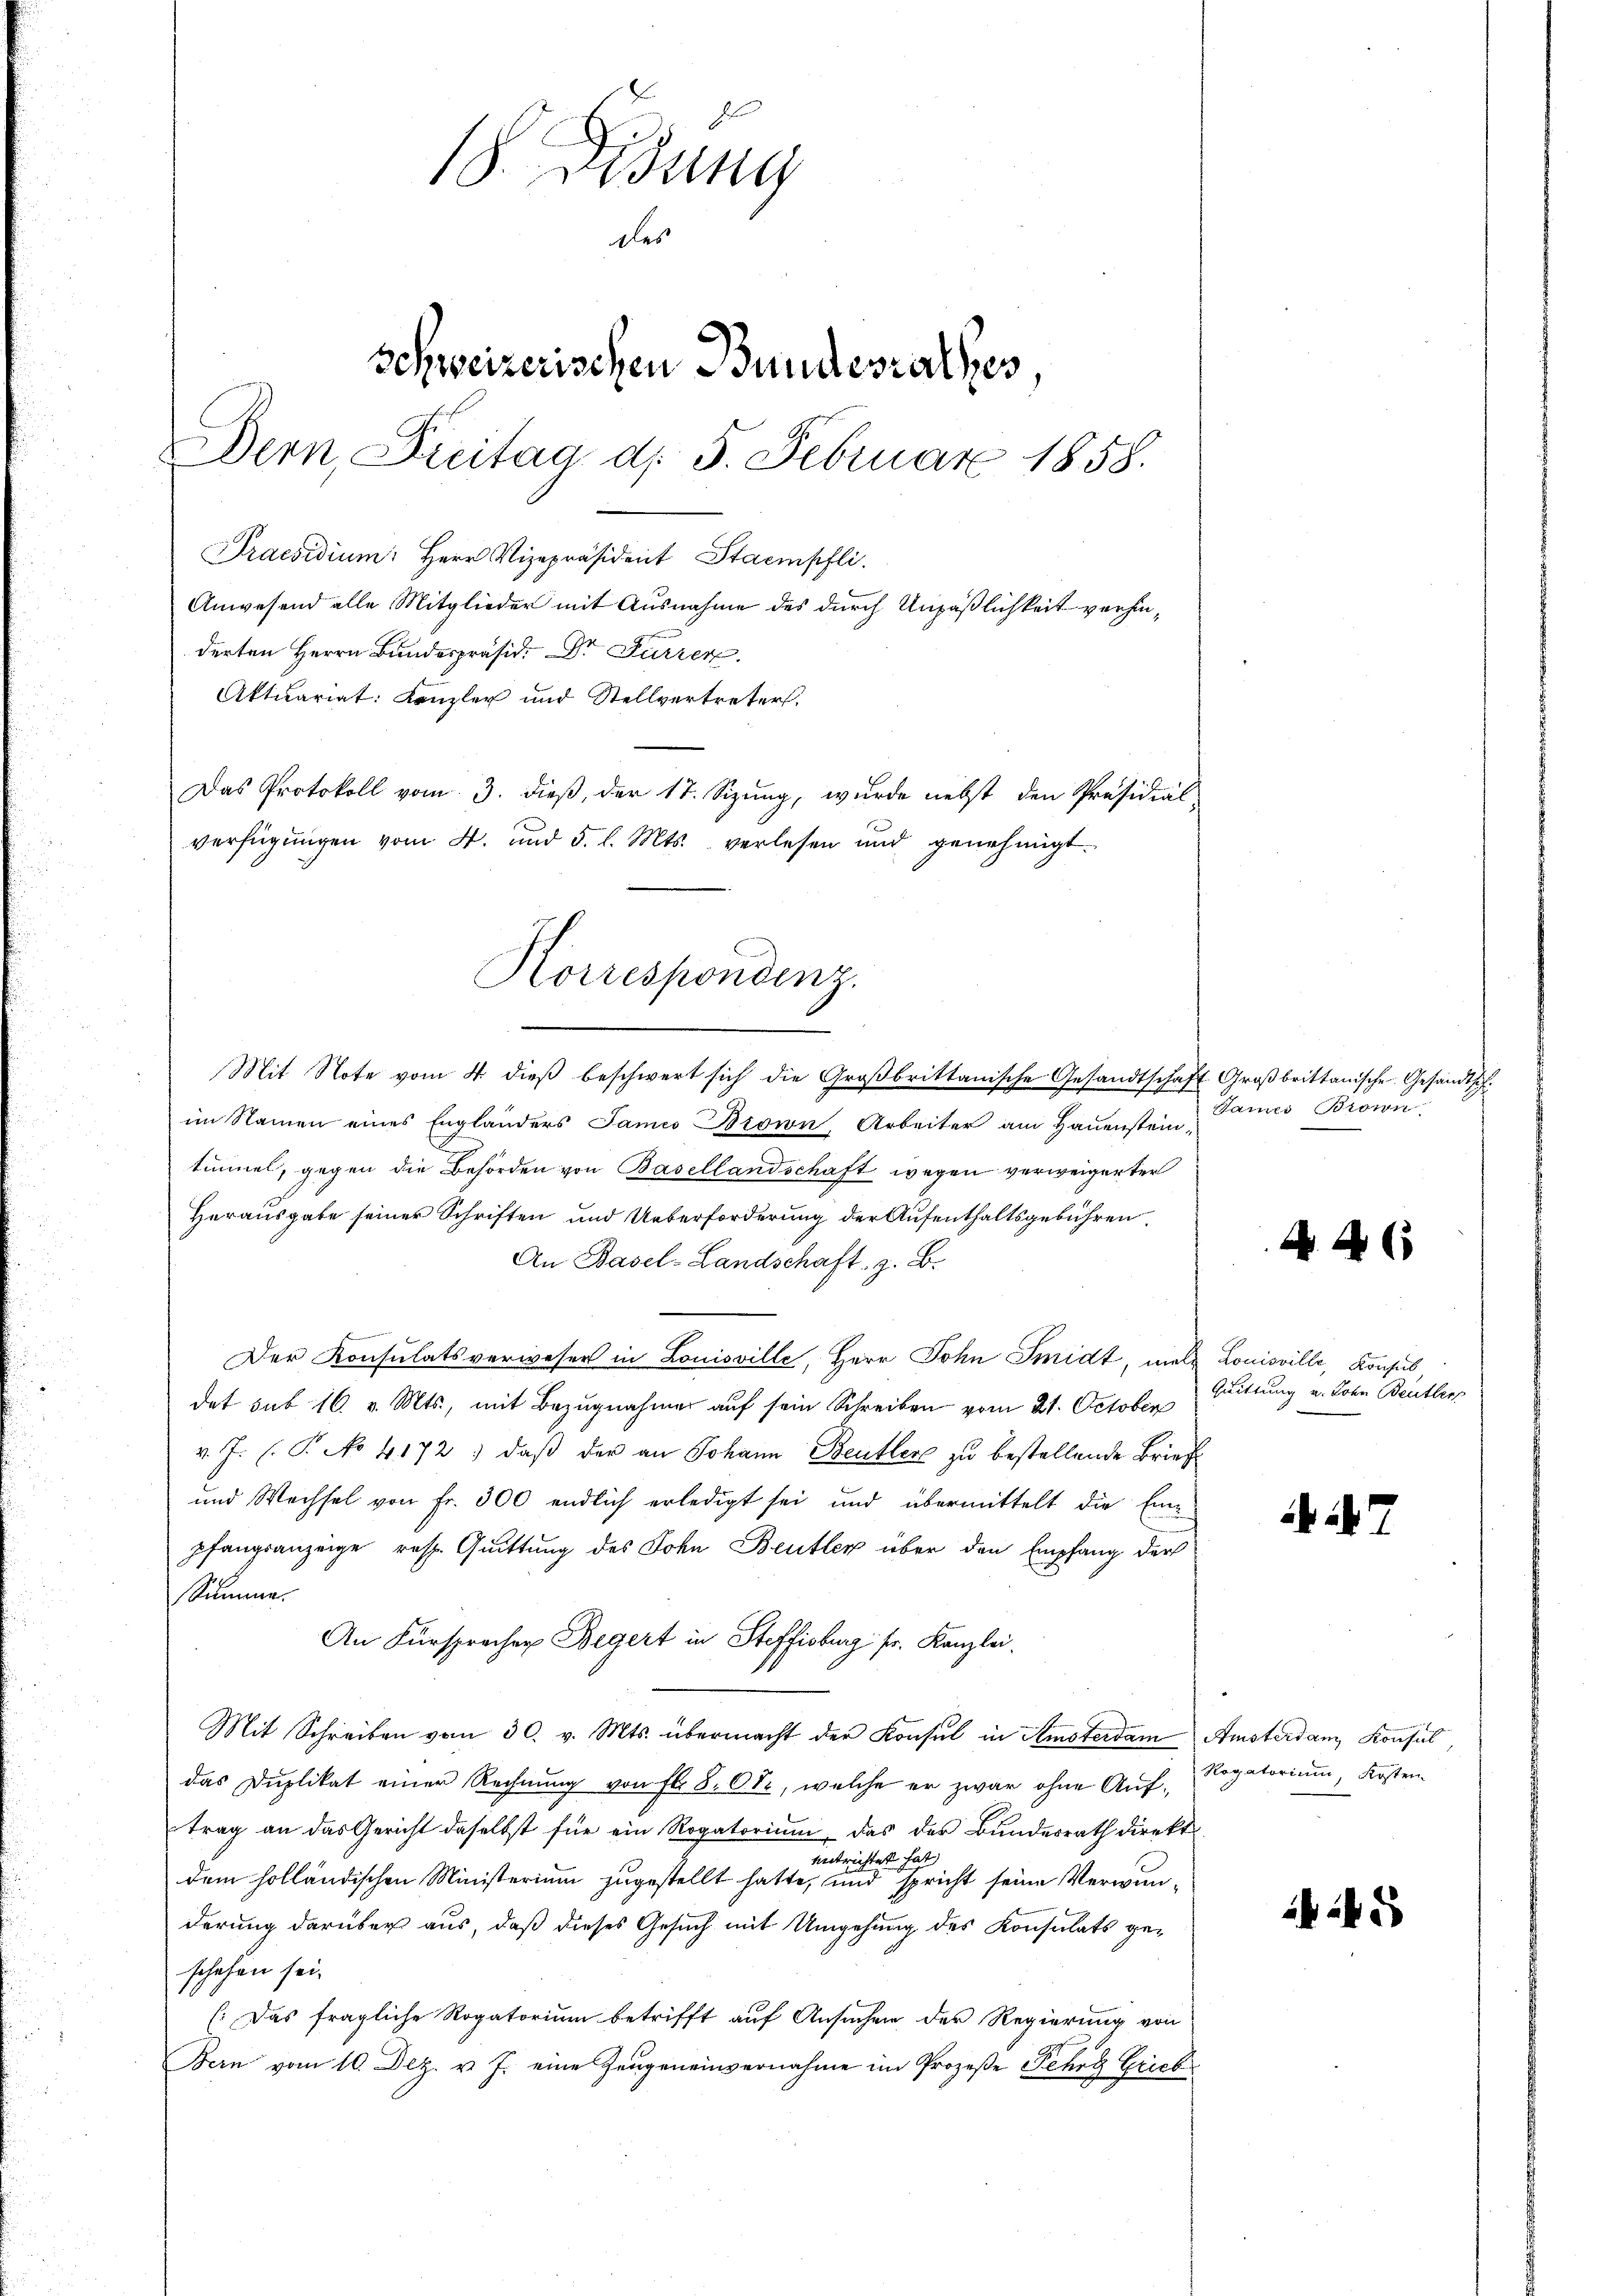
18. Disung
des
Schweizerischen Bundesrathes,
Dern, Dreitag d. 5. Februar 1858.
Praesidium: Herr Vizepräsident Stampfli
Anwesend alle Mitglieder mit Ausnahme des durch Unpäßlichkeit verhinderten Herrn Bundespräsid. Dr Furren
Aktuariat: Kanzler und Stellvertreters.

Das Protokoll vom 3. dieβ, der 17. Sizŭng, wurde nebst den Präsidial-
verfügungen vom 4. und 5. l. Mts. verlesen und genehmigt.
Mit Note vom 4. dieβ beschwert sich die Groβbrittanische Gesandtschaft Großbrittanische Gesandtsch.
im Namen eines Englanders James Bision Arbeiter am Hauenstein,
tunnel, gegen die Behörden von Basellandschaft wegen verweigerter
Herausgabe seiner Schriften und Ueberforderung der Aufenthaltsgebühren,
An Basel-Landschaft z. B.
Der Konsulatsverweser in Louisville, Herr John Smidt, mal Louisville, Konsul,
det sub 16. v. Mts., mit Bezugnahmer auf sein Schreiben vom 21. October
v. J. (T. No 4172) daß der an Johann Bentler zu bestellende Brief
und Wechsel von Fr. 300 endlich erledigt sei und übermittelt die Einpfangsanzeige resp. Quittung des John Beutter über den Empfang der
Summe.
An Fürsprecher Begert in Steffisburg sr. Kanzlei.
Mit Schreiben vom 30. v. Mts. übermacht der Konsul in Amsterdam Amsterdam, Konsul
das Duplikat einer Rechnung von fl. 8. Okt, welche er zwar ohne Auftrag an das Gericht daselbst für ein Rogatorium, das des Bundesrath direkt
entrichtet hat
dem holländischen Ministerium zugestellt hatte, und spricht seine Verwunderung darüber aus, daß dieses Gesuch mit Umgehung des Konsulats geschehen sei.
: Das fragliche Rogatorium betrifft auf Ansuchen der Regierung von
Bern vom 10. Dez. v. J. eine Zeugeneinvernahme im Prozeße Fehrg Grieb

Korrespondenz.

Games Brown

Quittung u. Lohn Bettler

2

6

Rogatorium, Kosten